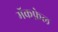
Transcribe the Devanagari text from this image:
मॅकफ़ेल